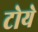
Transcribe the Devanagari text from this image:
टोये